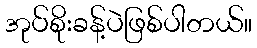
အုပ်စိုးခန့်ပဲဖြစ်ပါတယ်။